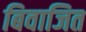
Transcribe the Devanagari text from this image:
बिवाजित